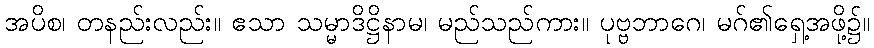
အပိစ၊ တနည်းလည်း။ ဧသာ သမ္မာဒိဋ္ဌိနာမ၊ မည်သည်ကား။ ပုဗ္ဗဘာဂေ၊ မဂ်၏ရှေ့အဖို့၌။